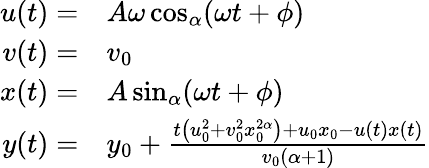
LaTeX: \begin{array}{rl}{u(t)=}&{A\omega\cos_{\alpha}(\omega t+\phi)}\\ {v(t)=}&{v_{0}}\\ {x(t)=}&{A\sin_{\alpha}(\omega t+\phi)}\\ {y(t)=}&{y_{0}+\frac{t\left(u_{0}^{2}+v_{0}^{2}x_{0}^{2\alpha}\right)+u_{0}x_{0}-u(t)x(t)}{v_{0}(\alpha+1)}}\end{array}